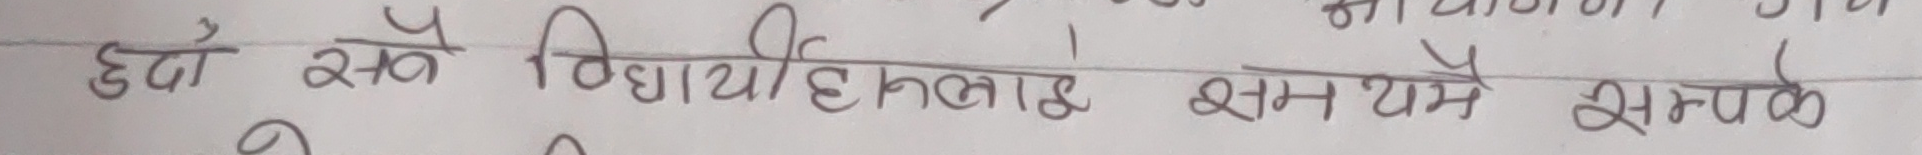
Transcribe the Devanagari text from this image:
हुदो सबै विद्यार्थीहरुलाई समयमै सम्पर्क